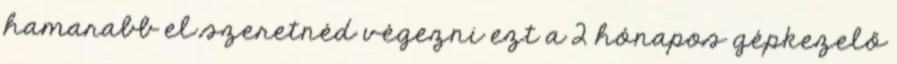
hamarabb el szeretnéd végezni ezt a 2 hónapos gépkezelő